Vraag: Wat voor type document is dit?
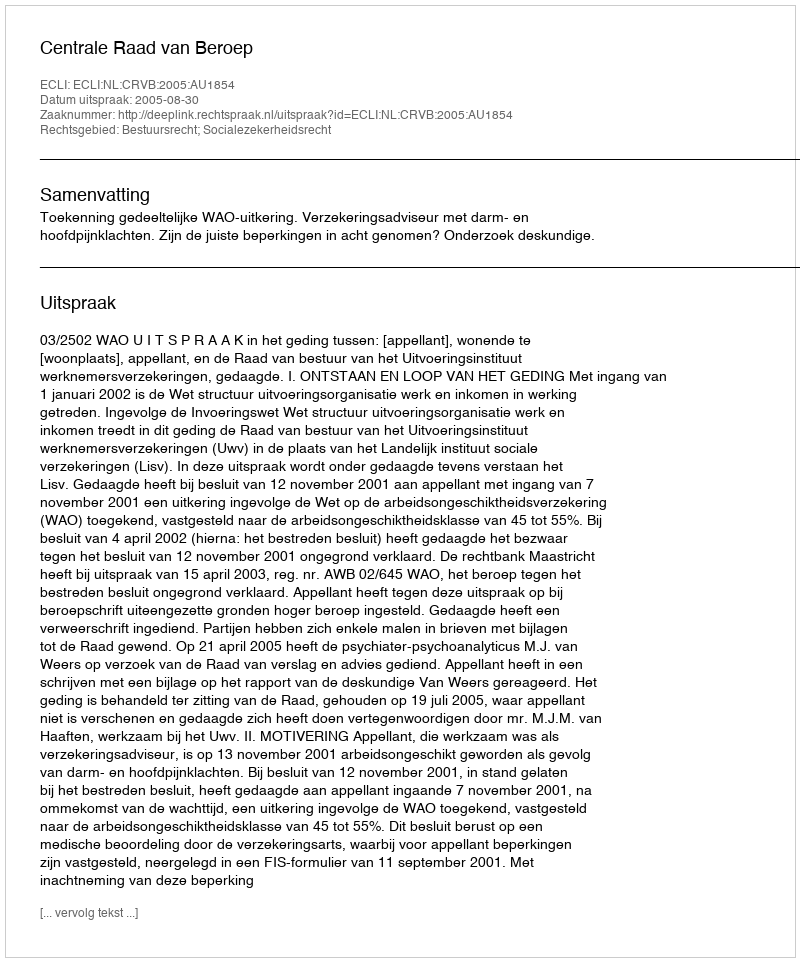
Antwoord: Uitspraak